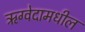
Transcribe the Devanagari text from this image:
ऋग्वेदामधील